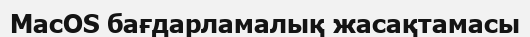
MacOS бағдарламалық жасақтамасы